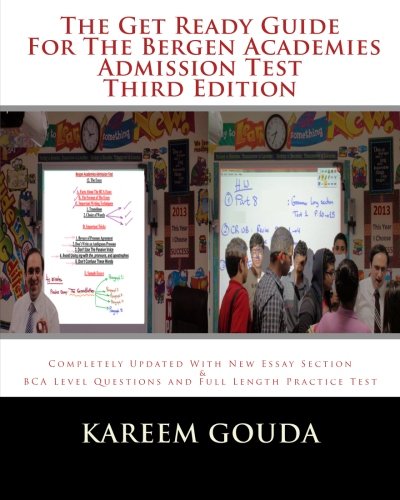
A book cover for The Get Ready Guide For The Bergen Academies Admission Test THIRD EDITION: Completely Updated With New Essay Section And BCA Level Questions And Full Length Practice Test; Kareem Gouda; Test Preparation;